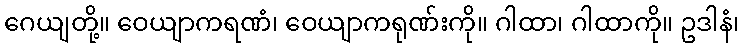
ဂေယျတို့။ ဝေယျာကရဏံ၊ ဝေယျာကရုဏ်းကို။ ဂါထာ၊ ဂါထာကို။ ဥဒါနံ၊